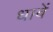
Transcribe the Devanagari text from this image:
धाबें